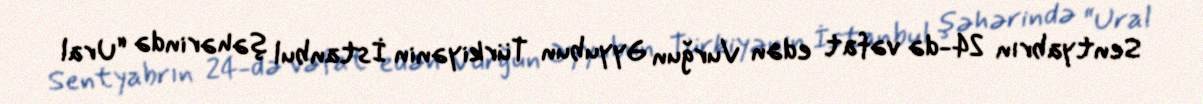
Sentyabrın 24-də vəfat edən Vurğun Əyyubun Türkiyənin İstanbul şəhərində “Ural